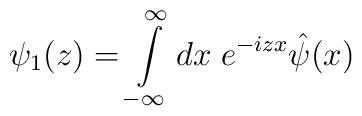
{\psi}_1(z)=\int\limits_{-\infty}^{\infty}dx\;e^{-izx}\hat{\psi}(x)